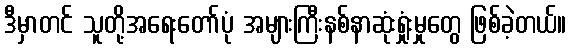
ဒီမှာတင် သူတို့အရေးတော်ပုံ အများကြီးနစ်နာဆုံးရှုံးမှုတွေ ဖြစ်ခဲ့တယ်။